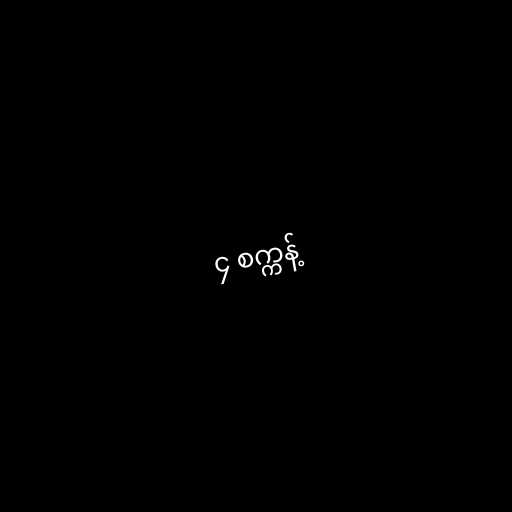
၄ စက္ကန့်